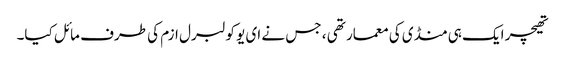
تھیچر ایک ہی منڈی کی معمار تھی ، جس نے ای یو کو لبرل ازم کی طرف مائل کیا۔